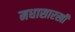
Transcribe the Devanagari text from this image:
मधासारखी